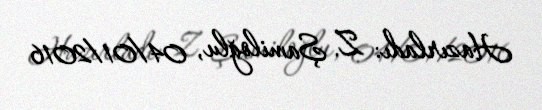
Hazırladı: Z. Şamiloğlu, 04/01/2016